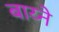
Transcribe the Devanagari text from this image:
बाय्ने